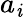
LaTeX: a_{\mathit{i}}